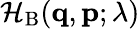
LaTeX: \mathcal{H}_{\mathrm{B}}(\mathbf{q},\mathbf{p};\lambda)